Scientific memoirs by medical officers of the Army of India - Part IX,
Year: 1895
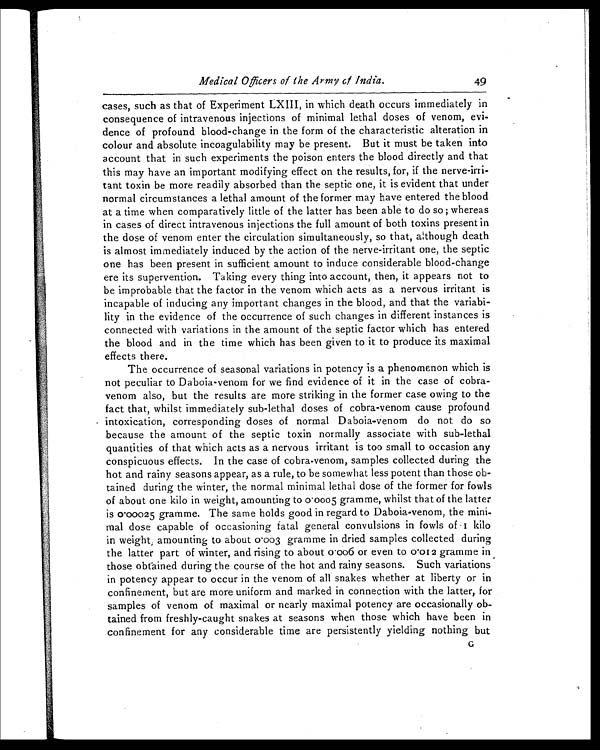
Medical Officers of the Army of India.
49
cases, such as that of Experiment LXIII, in which death occurs immediately in
consequence of intravenous injections of minimal lethal doses of venom, evi-
dence of profound blood-change in the form of the characteristic alteration in
colour and absolute incoagulability may be present. But it must be taken into
account that in such experiments the poison enters the blood directly and that
this may have an important modifying effect on the results, for, if the nerve-irri-
tant toxin be more readily absorbed than the septic one, it is evident that under
normal circumstances a lethal amount of the former may have entered the blood
at a time when comparatively little of the latter has been able to do so ; whereas
in cases of direct intravenous injections the full amount of both toxins present in
the dose of venom enter the circulation simultaneously, so that, although death
is almost immediately induced by the action of the nerve-irritant one, the septic
one has been present in sufficient amount to induce considerable blood-change
ere its supervention. Taking every thing into account, then, it appears not to
be improbable that the factor in the venom which acts as a nervous irritant is
incapable of inducing any important changes in the blood, and that the variabi-
lity in the evidence of the occurrence of such changes in different instances is
connected with variations in the amount of the septic factor which has entered
the blood and in the time which has been given to it to produce its maximal
effects there.
The occurrence of seasonal variations in potency is a phenomenon which is
not peculiar to Daboia-venom for we find evidence of it in the case of cobra-
venom also, but the results are more striking in the former case owing to the
fact that, whilst immediately sub-lethal doses of cobra-venom cause profound
intoxication, corresponding doses of normal Daboia-venom do not do so
because the amount of the septic toxin normally associate with sub-lethal
quantities of that which acts as a nervous irritant is too small to occasion any
conspicuous effects. In the case of cobra-venom, samples collected during the
hot and rainy seasons appear, as a rule, to be somewhat less potent than those ob-
tained during the winter, the normal minimal lethal dose of the former for fowls
of about one kilo in weight, amounting to 0.0005 gramme, whilst that of the latter
is 0.00025 gramme. The same holds good in regard to Daboia-venom, the mini-
mal dose capable of occasioning fatal general convulsions in fowls of 1 kilo
i n w e i g h t , a m o u n t i n g t o a b o u t 0 . 0 0 3 g r a m m e i n d r i e d s a m p l e s c o l l e c t e d d u r i n g
the latter part of winter, and rising to about 0.006 or even to 0.0 12 gramme in
those obtained during the course of the hot and rainy seasons. Such variations
in potency appear to occur in the venom of all snakes whether at liberty or in
confinement, but are more uniform and marked in connection with the latter, for
samples of venom of maximal or nearly maximal potency are occasionally ob-
tained from freshly-caught snakes at seasons when those which have been in
confinement for any considerable time are persistently yielding nothing but
G